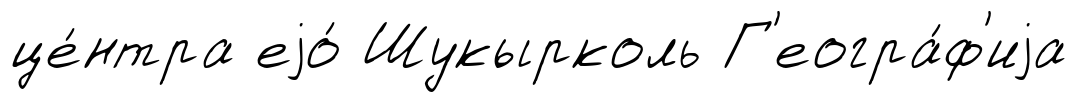
це́нтра еjо́ Шукырколь Г'еогра́ф'иjа